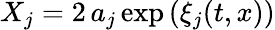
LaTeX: X_{j}=2\, a_{j}\exp\left(\xi_{j}({t,x})\right)